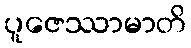
ပူဇေဿာမာတိ